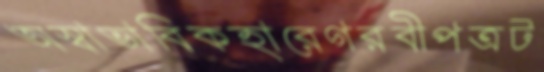
অস্বাভাবিকহারেগরবীপত্রট